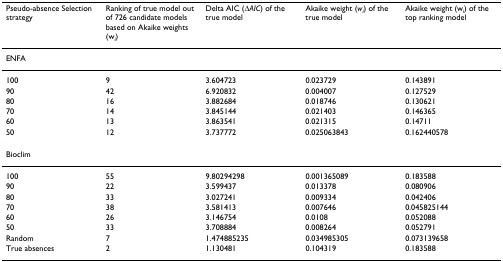
| Pseudo-absence Selection strategy | Ranking of true model out of 726 candidate models based on Akaike weights (wi) | Delta AIC (ΔAIC) of the true model | Akaike weight (wi) of the true model | Akaike weight (wi) of the top ranking model |
 | --- | --- | --- | --- | --- |
 | ENFA |  |  |  |  |
 | 100 | 9 | 3.604723 | 0.023729 | 0.143891 |
 | 90 | 42 | 6.920832 | 0.004007 | 0.127529 |
 | 80 | 16 | 3.882684 | 0.018746 | 0.130621 |
 | 70 | 14 | 3.845144 | 0.021403 | 0.146365 |
 | 60 | 13 | 3.863541 | 0.021315 | 0.14711 |
 | 50 | 12 | 3.737772 | 0.025063843 | 0.162440578 |
 | Bioclim |  |  |  |  |
 | 100 | 55 | 9.80294298 | 0.001365089 | 0.183588 |
 | 90 | 22 | 3.599437 | 0.013378 | 0.080906 |
 | 80 | 33 | 3.027241 | 0.009334 | 0.042406 |
 | 70 | 38 | 3.581413 | 0.007646 | 0.045825144 |
 | 60 | 26 | 3.146754 | 0.0108 | 0.052088 |
 | 50 | 33 | 3.708884 | 0.008264 | 0.052791 |
 | Random | 7 | 1.474885235 | 0.034985305 | 0.073139658 |
 | True absences | 2 | 1.130481 | 0.104319 | 0.183588 |